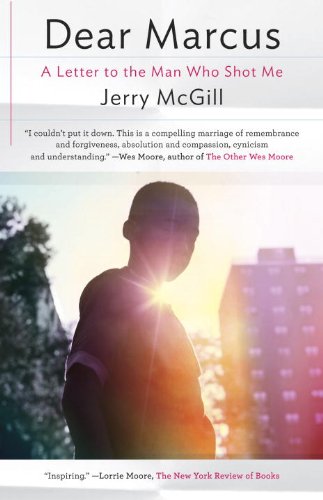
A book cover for Dear Marcus: A Letter to the Man Who Shot Me; Jerry McGill; Biographies & Memoirs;